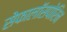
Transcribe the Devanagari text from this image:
सेफालॉसपोरिन